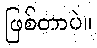
ဖြစ်တာပဲ။